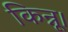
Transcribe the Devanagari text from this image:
किन्नू।